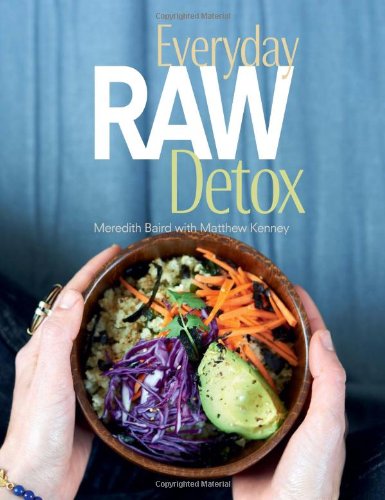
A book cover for Everyday Raw Detox; Meredith Baird; Cookbooks, Food & Wine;